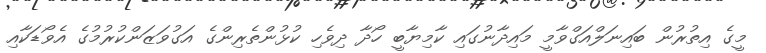
މީގެ އިތުރުން ބައިނަލްއަގްވާމީ މައިދާނުގައި ކާމިޔާބީ ހޯދާ ދިވެހި ކުޅުންތެރިންގެ އަގުވަޒަންކުރުމުގެ އެވޯޑަކާއި